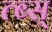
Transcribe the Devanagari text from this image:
त्ब्स्